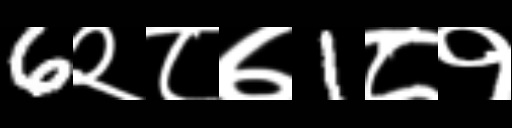
Text: 6२८७1८१